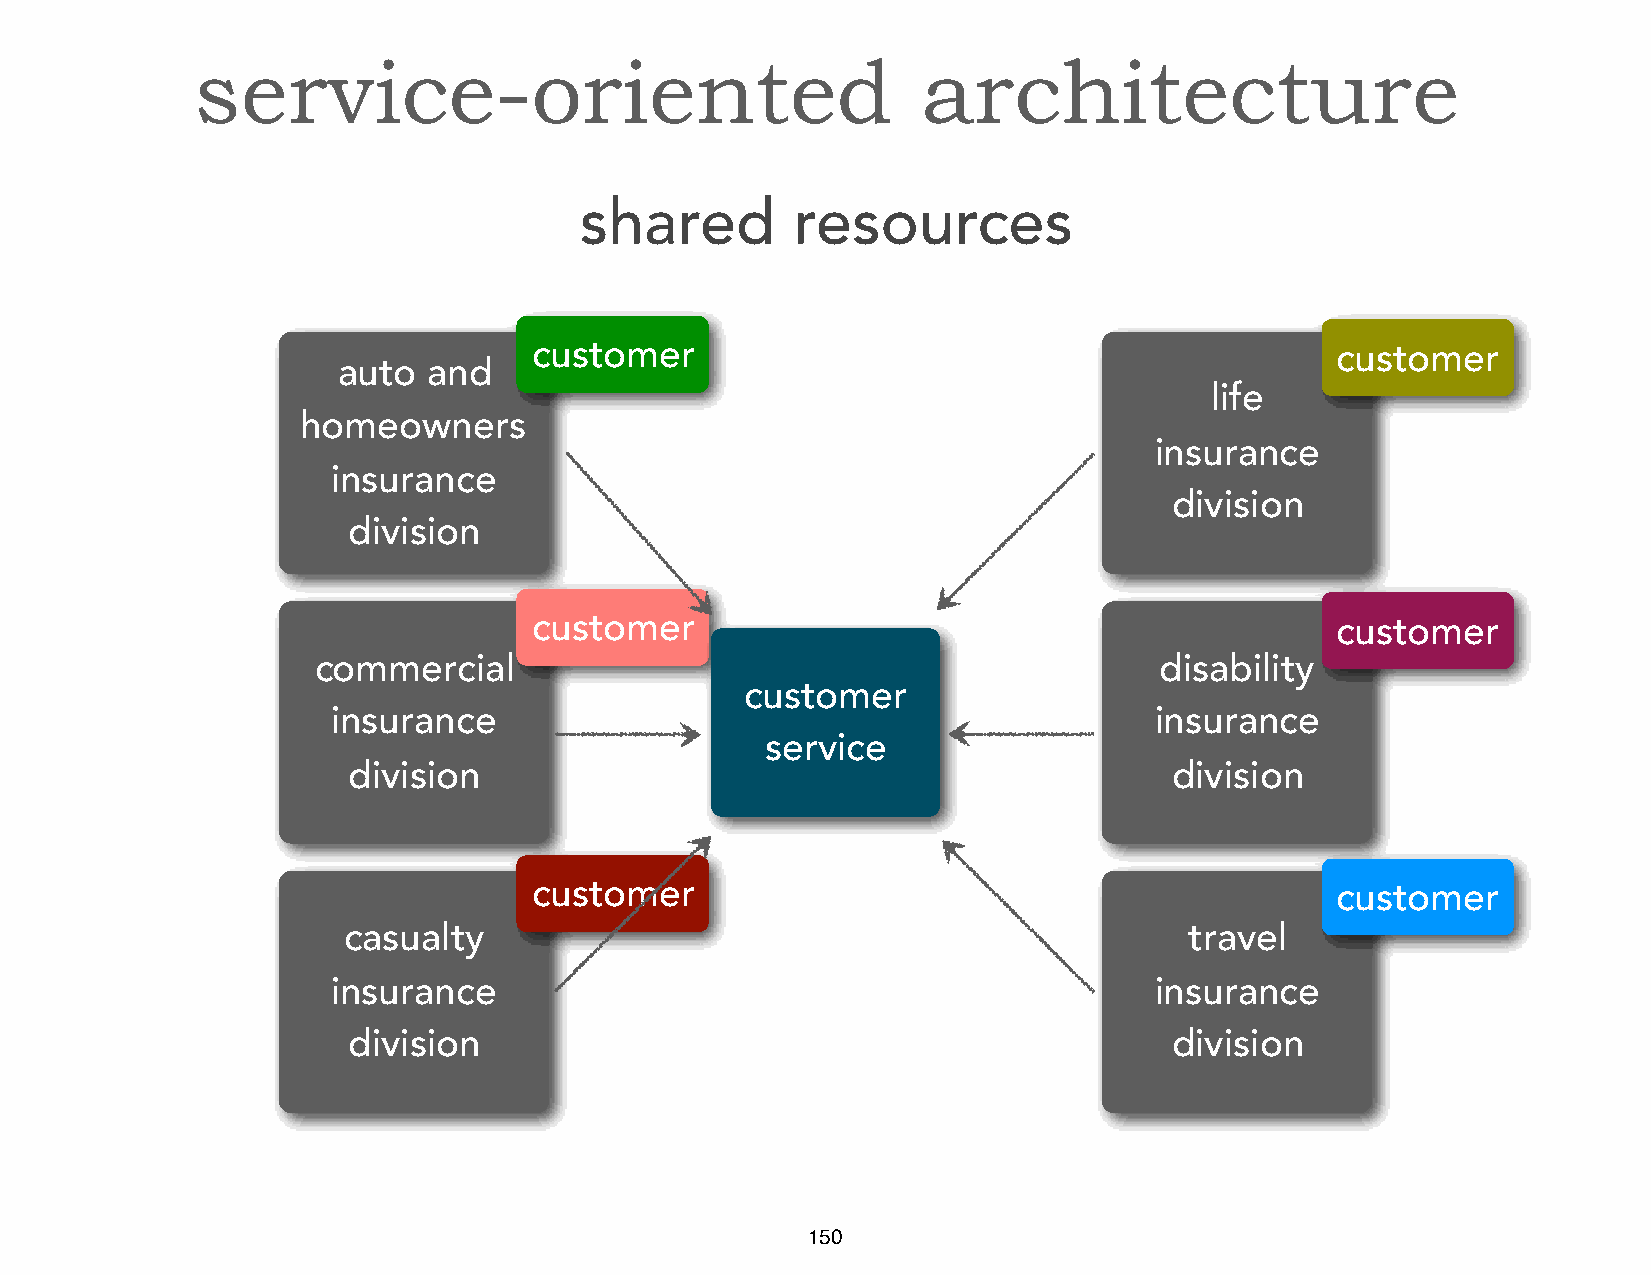
service-oriented                                architecture
 shared        resources
 customer                                             customer
 auto  and
 life
 homeowners
 insurance
 insurance
 division
 division
 customer                                             customer
 commercial                                              disability
 customer
 insurance                                             insurance
 service
 division                                               division
 customer                                             customer
 casualty                                                travel
 insurance                                             insurance
 division                                               division
 150